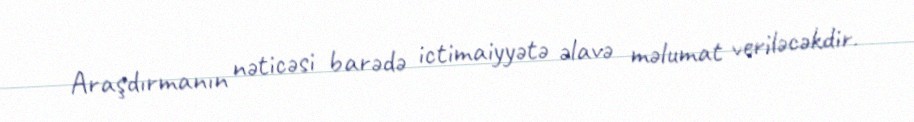
Araşdırmanın nəticəsi barədə ictimaiyyətə əlavə məlumat veriləcəkdir.